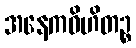
အနေကဝိဟိတဉ္စ